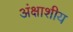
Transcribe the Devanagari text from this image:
अंक्षाशीय